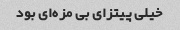
خیلی پیتزای بی مزه‌ای بود